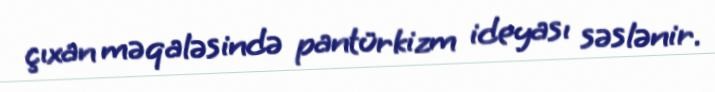
çıxan məqaləsində pantürkizm ideyası səslənir.